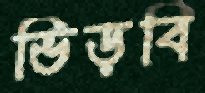
ভিড়বি